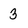
Character: 3